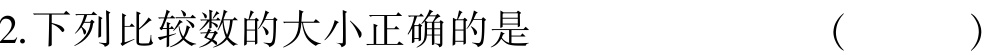
2.下列比较数的大小正确的是 （  ）